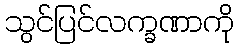
သွင်ပြင်လက္ခဏာကို